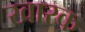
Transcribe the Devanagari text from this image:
खारक